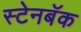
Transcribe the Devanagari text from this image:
स्टेनबॅक